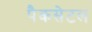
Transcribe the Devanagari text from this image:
पैकसेटल